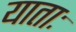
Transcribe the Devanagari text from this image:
याताः